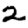
Digit: 2